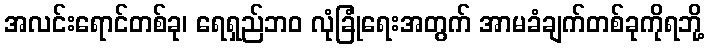
အလင်းရောင်တစ်ခု၊ ရေရှည်ဘဝ လုံခြုံရေးအတွက် အာမခံချက်တစ်ခုကိုရဘို့